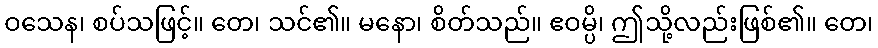
ဝသေန၊ စပ်သဖြင့်။ တေ၊ သင်၏။ မနော၊ စိတ်သည်။ ဧဝမ္ပိ၊ ဤသို့လည်းဖြစ်၏။ တေ၊